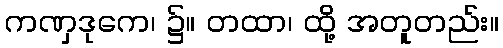
ကဏှဒုကေ၊ ၌။ တထာ၊ ထို့ အတူတည်း။